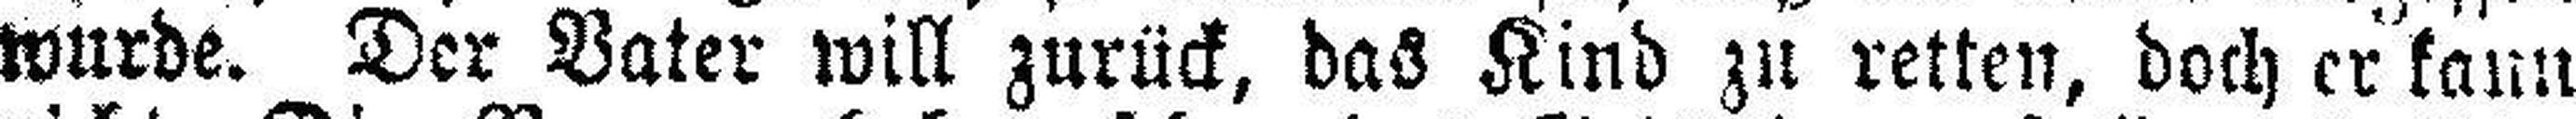
wurde. Der Vater will zurück, das Kind zu retten, doch er kann